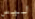
ليس